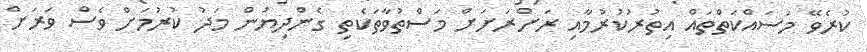
ކުރެވޭ މަސައްކަތްތައް އިތުރުކުރުމާއި ރަށްރަށަށް މަސްތުވާތަކެތި ގެންދިޔުން މަދު ކުރުމަށް ވެސް ވަރަށް